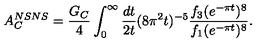
A _ { C } ^ { N S N S } = { \frac { G _ { C } } { 4 } } \int _ { 0 } ^ { \infty } { \frac { d t } { 2 t } } ( 8 \pi ^ { 2 } t ) ^ { - 5 } { \frac { f _ { 3 } ( e ^ { - \pi t } ) ^ { 8 } } { f _ { 1 } ( e ^ { - \pi t } ) ^ { 8 } } } .